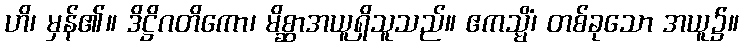
ဟိ၊ မှန်၏။ ဒိဋ္ဌိဂတိကော၊ မိစ္ဆာအယူရှိသူသည်။ ဧကသ္မိံ၊ တစ်ခုသော အယူ၌။